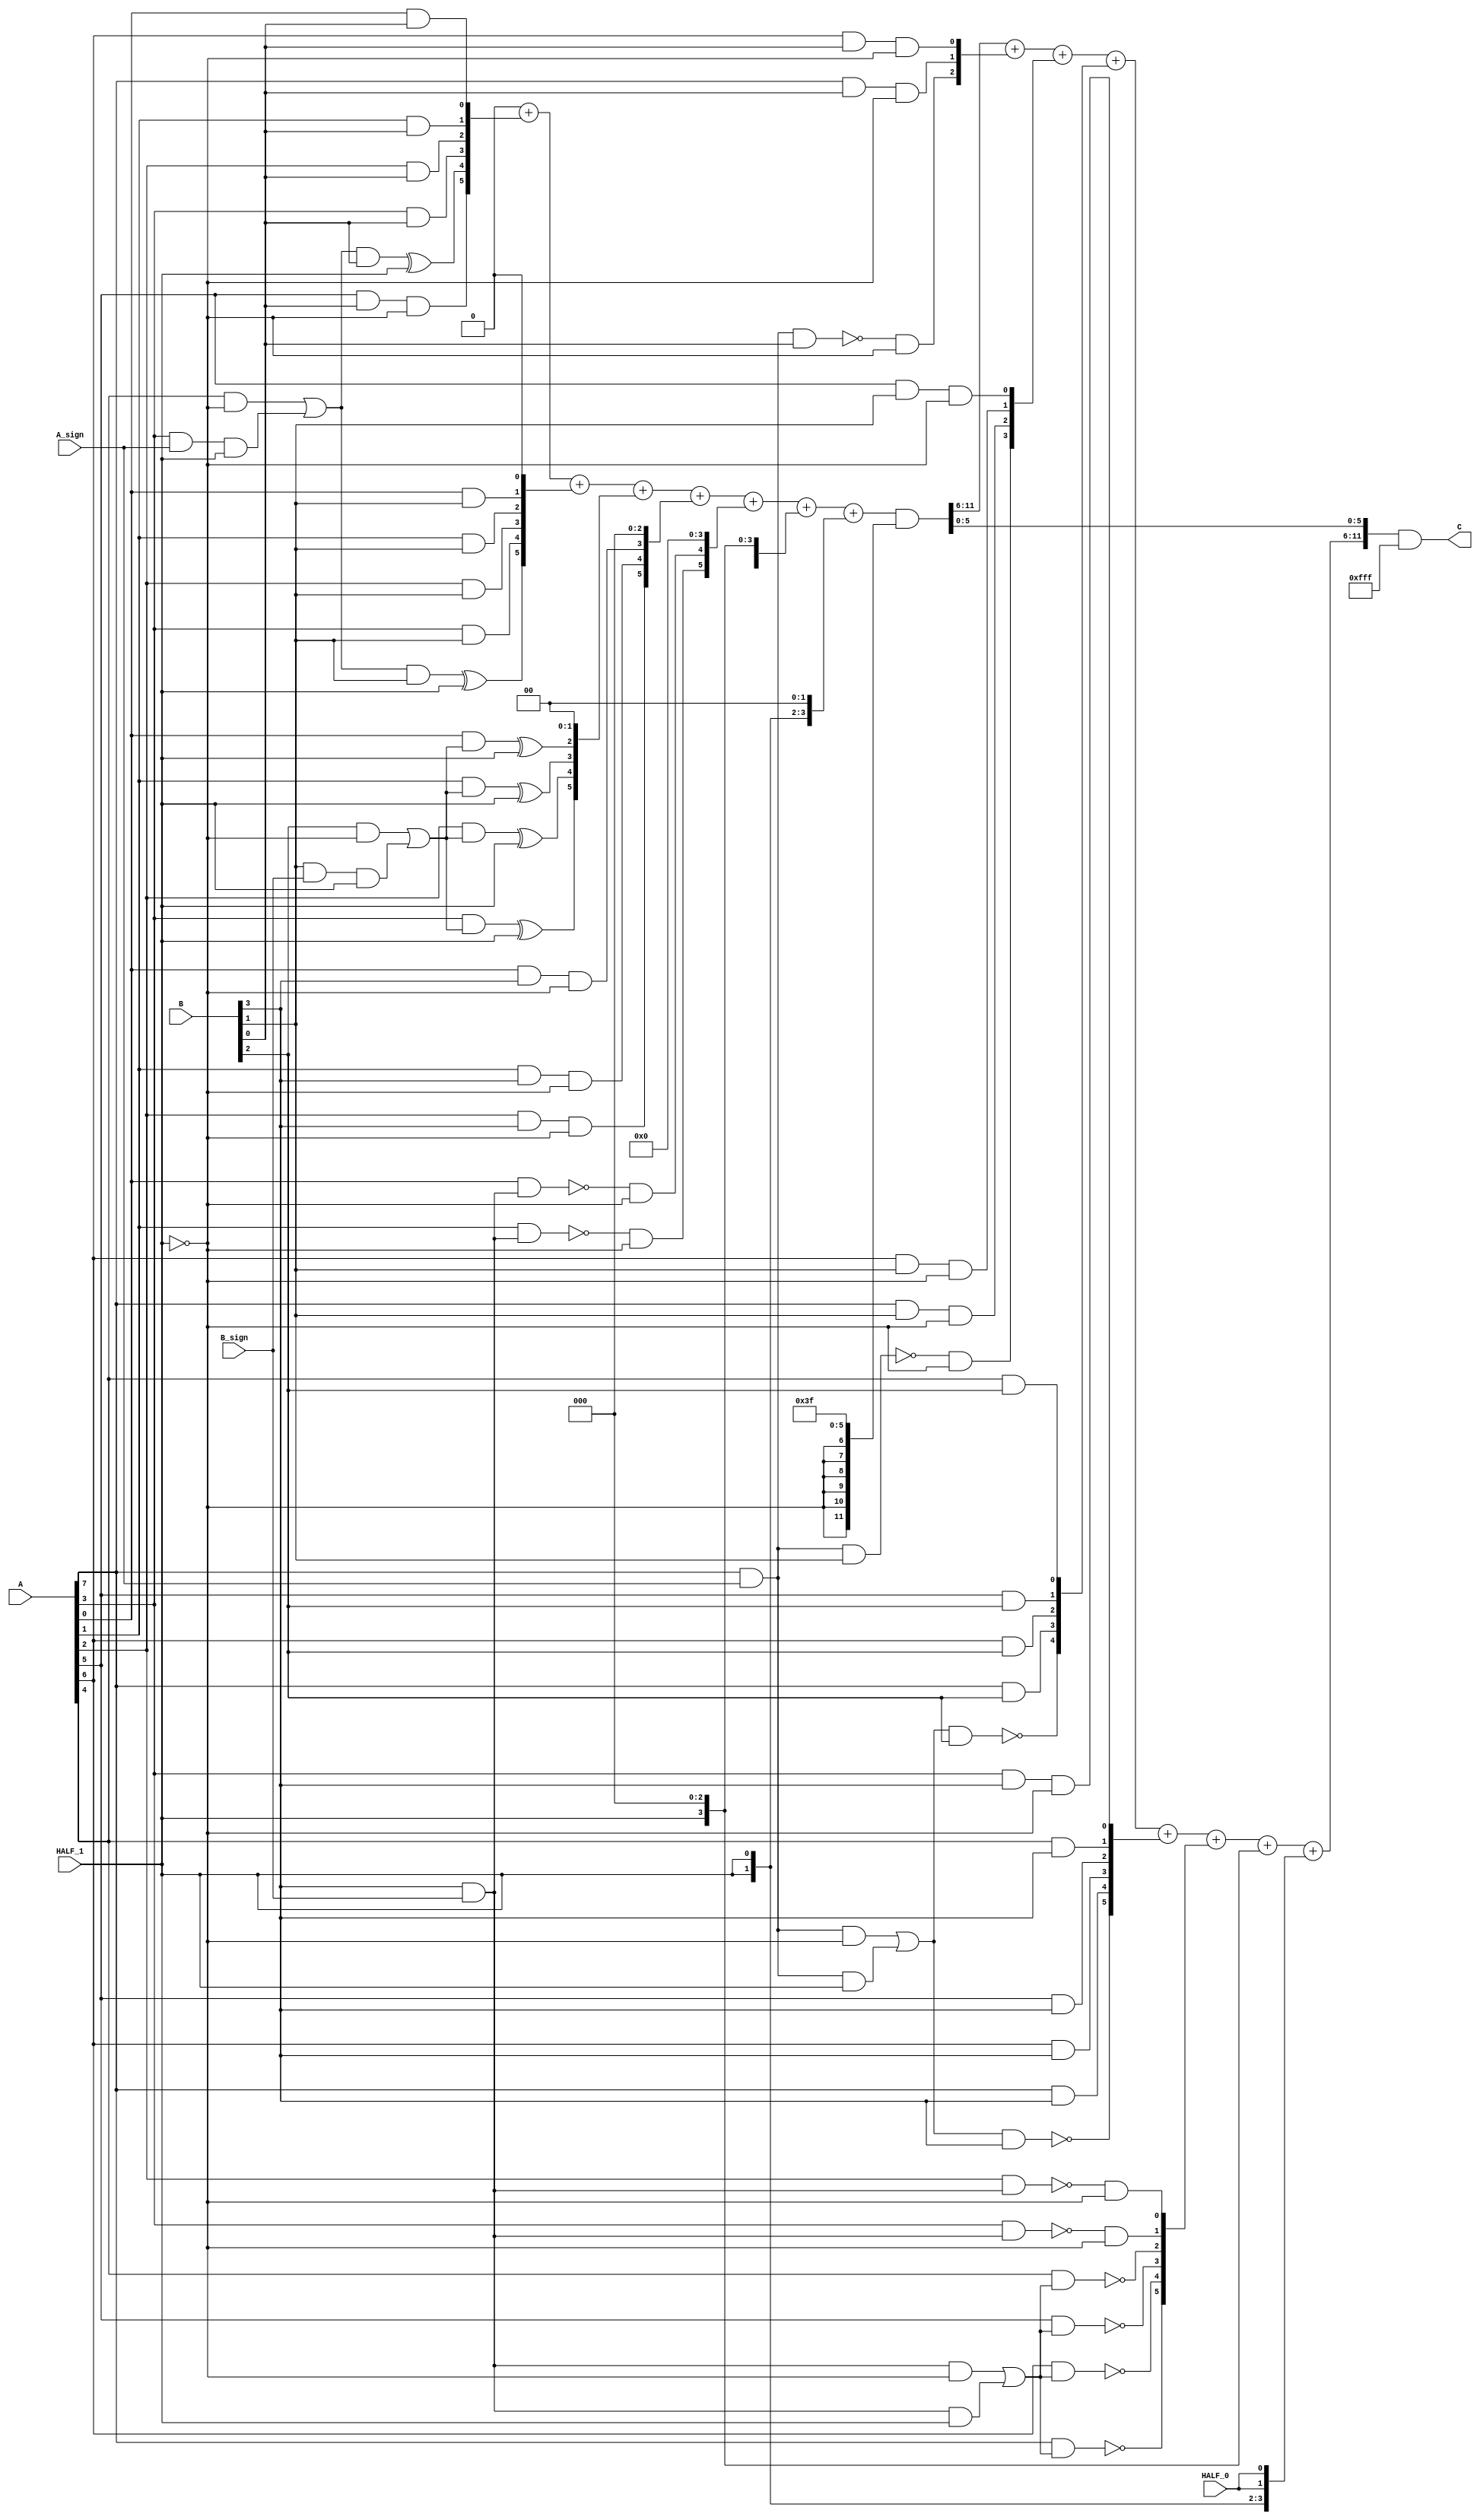
module multiplier_S_C2x1_F1_8bits_4bits_HighLevelDescribed_auto(
		input [A_chop_size-1:0] A,
		input [B_chop_size-1:0] B,

		input A_sign,
		input B_sign,

		input HALF_0,	// a selector bit to switch computation to half mode level 0
		input HALF_1,	// a selector bit to switch computation to half mode level 1

		output [A_chop_size+B_chop_size-1:0] C
	);

parameter A_chop_size = 8;
parameter B_chop_size = 4;

// to support both signed and unsigned multiplication
// sign extension regarding extra sign identifier
wire A_extended_level0_0;
wire B_extended_level0_0;
assign A_extended_level0_0 = (A[7])&(A_sign);
assign B_extended_level0_0 = (B[3])&(B_sign);

wire A_extended_level1_0;
wire B_extended_level1_0;
assign A_extended_level1_0 = (A[7])&(A_sign);
assign B_extended_level1_0 = (B[3])&(B_sign);
wire A_extended_level1_1;
wire B_extended_level1_1;
assign A_extended_level1_1 = (A[3])&(A_sign);
assign B_extended_level1_1 = (B[1])&(B_sign);


reg [A_chop_size:0] PP [B_chop_size:0];
always @(*) begin
	PP[0][0] = (A[0])&(B[0]);
	PP[0][1] = (A[1])&(B[0]);
	PP[0][2] = (A[2])&(B[0]);
	PP[0][3] = (A[3])&(B[0]);
	PP[0][4] = ((((A[4])&(~(HALF_1)))|((A_extended_level1_1)&(HALF_1)))&(B[0]))^(HALF_1);
	PP[0][5] = ((A[5])&(B[0]))&(~(HALF_1));
	PP[0][6] = ((A[6])&(B[0]))&(~(HALF_1));
	PP[0][7] = ((A[7])&(B[0]))&(~(HALF_1));
	PP[0][8] = (~((A_extended_level0_0)&(B[0])))&(~(HALF_1));
	PP[1][0] = (A[0])&(B[1]);
	PP[1][1] = (A[1])&(B[1]);
	PP[1][2] = (A[2])&(B[1]);
	PP[1][3] = (A[3])&(B[1]);
	PP[1][4] = ((((A[4])&(~(HALF_1)))|((A_extended_level1_1)&(HALF_1)))&(B[1]))^(HALF_1);
	PP[1][5] = ((A[5])&(B[1]))&(~(HALF_1));
	PP[1][6] = ((A[6])&(B[1]))&(~(HALF_1));
	PP[1][7] = ((A[7])&(B[1]))&(~(HALF_1));
	PP[1][8] = (~((A_extended_level0_0)&(B[1])))&(~(HALF_1));
	PP[2][0] = ((A[0])&(((B[2])&(~(HALF_1)))|((B_extended_level1_1)&(HALF_1))))^(HALF_1);
	PP[2][1] = ((A[1])&(((B[2])&(~(HALF_1)))|((B_extended_level1_1)&(HALF_1))))^(HALF_1);
	PP[2][2] = ((A[2])&(((B[2])&(~(HALF_1)))|((B_extended_level1_1)&(HALF_1))))^(HALF_1);
	PP[2][3] = ((A[3])&(((B[2])&(~(HALF_1)))|((B_extended_level1_1)&(HALF_1))))^(HALF_1);
	PP[2][4] = (A[4])&(B[2]);
	PP[2][5] = (A[5])&(B[2]);
	PP[2][6] = (A[6])&(B[2]);
	PP[2][7] = (A[7])&(B[2]);
	PP[2][8] = ~((((A_extended_level0_0)&(~(HALF_1)))|((A_extended_level1_0)&(HALF_1)))&(B[2]));
	PP[3][0] = ((A[0])&(B[3]))&(~(HALF_1));
	PP[3][1] = ((A[1])&(B[3]))&(~(HALF_1));
	PP[3][2] = ((A[2])&(B[3]))&(~(HALF_1));
	PP[3][3] = ((A[3])&(B[3]))&(~(HALF_1));
	PP[3][4] = (A[4])&(B[3]);
	PP[3][5] = (A[5])&(B[3]);
	PP[3][6] = (A[6])&(B[3]);
	PP[3][7] = (A[7])&(B[3]);
	PP[3][8] = ~((((A_extended_level0_0)&(~(HALF_1)))|((A_extended_level1_0)&(HALF_1)))&(B[3]));
	PP[4][0] = (~((A[0])&(B_extended_level0_0)))&(~(HALF_1));
	PP[4][1] = (~((A[1])&(B_extended_level0_0)))&(~(HALF_1));
	PP[4][2] = (~((A[2])&(B_extended_level0_0)))&(~(HALF_1));
	PP[4][3] = (~((A[3])&(B_extended_level0_0)))&(~(HALF_1));
	PP[4][4] = ~((A[4])&(((B_extended_level0_0)&(~(HALF_1)))|((B_extended_level1_0)&(HALF_1))));
	PP[4][5] = ~((A[5])&(((B_extended_level0_0)&(~(HALF_1)))|((B_extended_level1_0)&(HALF_1))));
	PP[4][6] = ~((A[6])&(((B_extended_level0_0)&(~(HALF_1)))|((B_extended_level1_0)&(HALF_1))));
	PP[4][7] = ~((A[7])&(((B_extended_level0_0)&(~(HALF_1)))|((B_extended_level1_0)&(HALF_1))));
	PP[4][8] = (A_extended_level0_0)&(B_extended_level0_0);
end

// sum of PPs
integer j;
integer i_0;
integer i_1;

wire [12:0] Baugh_Wooley_0;
assign Baugh_Wooley_0 = {{1'b0},{1'b0},{1'b0},{(HALF_1)|(1'b0)},{1'b0},{1'b0},{1'b0},{(HALF_0)|(1'b0)},{1'b0},{(HALF_1)|(1'b0)},{1'b0},{1'b0},{1'b0}};
wire [12:0] Baugh_Wooley_1;
assign Baugh_Wooley_1 = {{1'b0},{1'b0},{1'b0},{(1'b0)|(HALF_1)},{(1'b0)|(HALF_1)},{(1'b0)|(HALF_0)},{(1'b0)|(HALF_0)},{(1'b0)|(HALF_0)},{(1'b0)|(HALF_0)},{(1'b0)|(HALF_1)},{(1'b0)|(HALF_1)},{1'b0},{1'b0}};

reg [12:0] PP_temp [4:0];
always @(*) begin
	for (j = 0; j < (B_chop_size +1); j = j + 1 ) begin
		PP_temp[j] = 13'b0 ;
	end
	for (j = 0; j < (B_chop_size +1); j = j + 1 ) begin
		PP_temp[j] = (PP[j] << j);
	end
end

reg [11:0] C_temp;
always @(*) begin

	C_temp = 12'b0;

	for (i_0 = 0; i_0 < (B_chop_size +1); i_0 = i_0 + 1 ) begin
		C_temp[11:0] = C_temp[11:0] + (PP_temp[i_0][5:0]);
	end
	C_temp[11:0] = C_temp[11:0] + Baugh_Wooley_0[5:0];
	C_temp[11:0] = C_temp[11:0] + Baugh_Wooley_1[5:0];
	C_temp = C_temp & {{6{~(HALF_1)}},{6{1'b1}}};

	for (i_1 = 0; i_1 < (B_chop_size +1); i_1 = i_1 + 1 ) begin
		C_temp[11:6] = C_temp[11:6] + (PP_temp[i_1][11:6]);
	end
	C_temp[11:6] = C_temp[11:6] + Baugh_Wooley_0[11:6];
	C_temp[11:6] = C_temp[11:6] + Baugh_Wooley_1[11:6];
	C_temp = C_temp & {{0{~((HALF_0)|(HALF_1))}},{12{1'b1}}};

end

assign C = C_temp[11:0];

endmodule